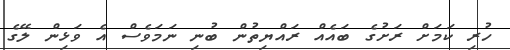
ހުރި ކަމަށް ރަށުގެ ބައެއް ރައްޔިތުން ބުނި ނަމަވެސް އެ ވަޅިން ލޭގެ